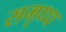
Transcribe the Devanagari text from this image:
समृध्ध